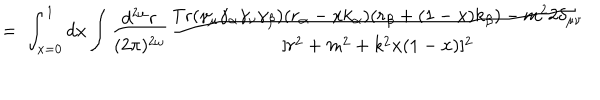
= \; \int _ { x = 0 } ^ { 1 } d x \int \frac { d ^ { 2 \omega } r } { ( 2 \pi ) ^ { 2 \omega } } \frac { \mathrm { T r } ( \gamma _ { \mu } \gamma _ { \alpha } \gamma _ { \nu } \gamma _ { \beta } ) ( r _ { \alpha } - x k _ { \alpha } ) ( r _ { \beta } + ( 1 - x ) k _ { \beta } ) - m ^ { 2 } 2 \delta _ { \mu \nu } } { [ r ^ { 2 } + m ^ { 2 } + k ^ { 2 } x ( 1 - x ) ] ^ { 2 } }